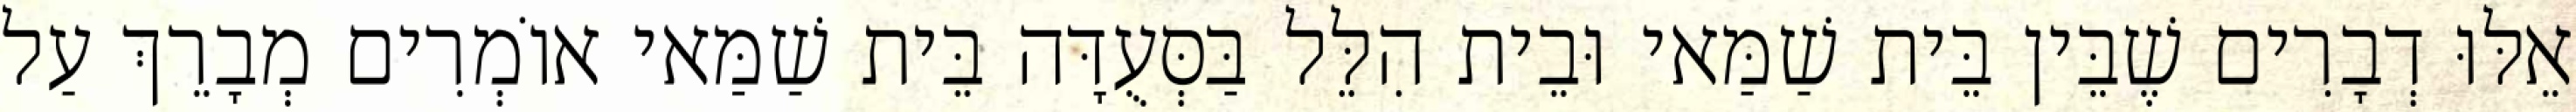
אֵלּוּ דְבָרִים שֶׁבֵּין בֵּית שַׁמַּאי וּבֵית הִלֵּל בַּסְּעֻדָּה בֵּית שַׁמַּאי אוֹמְרִים מְבָרֵךְ עַל